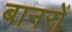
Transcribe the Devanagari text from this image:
बानरों